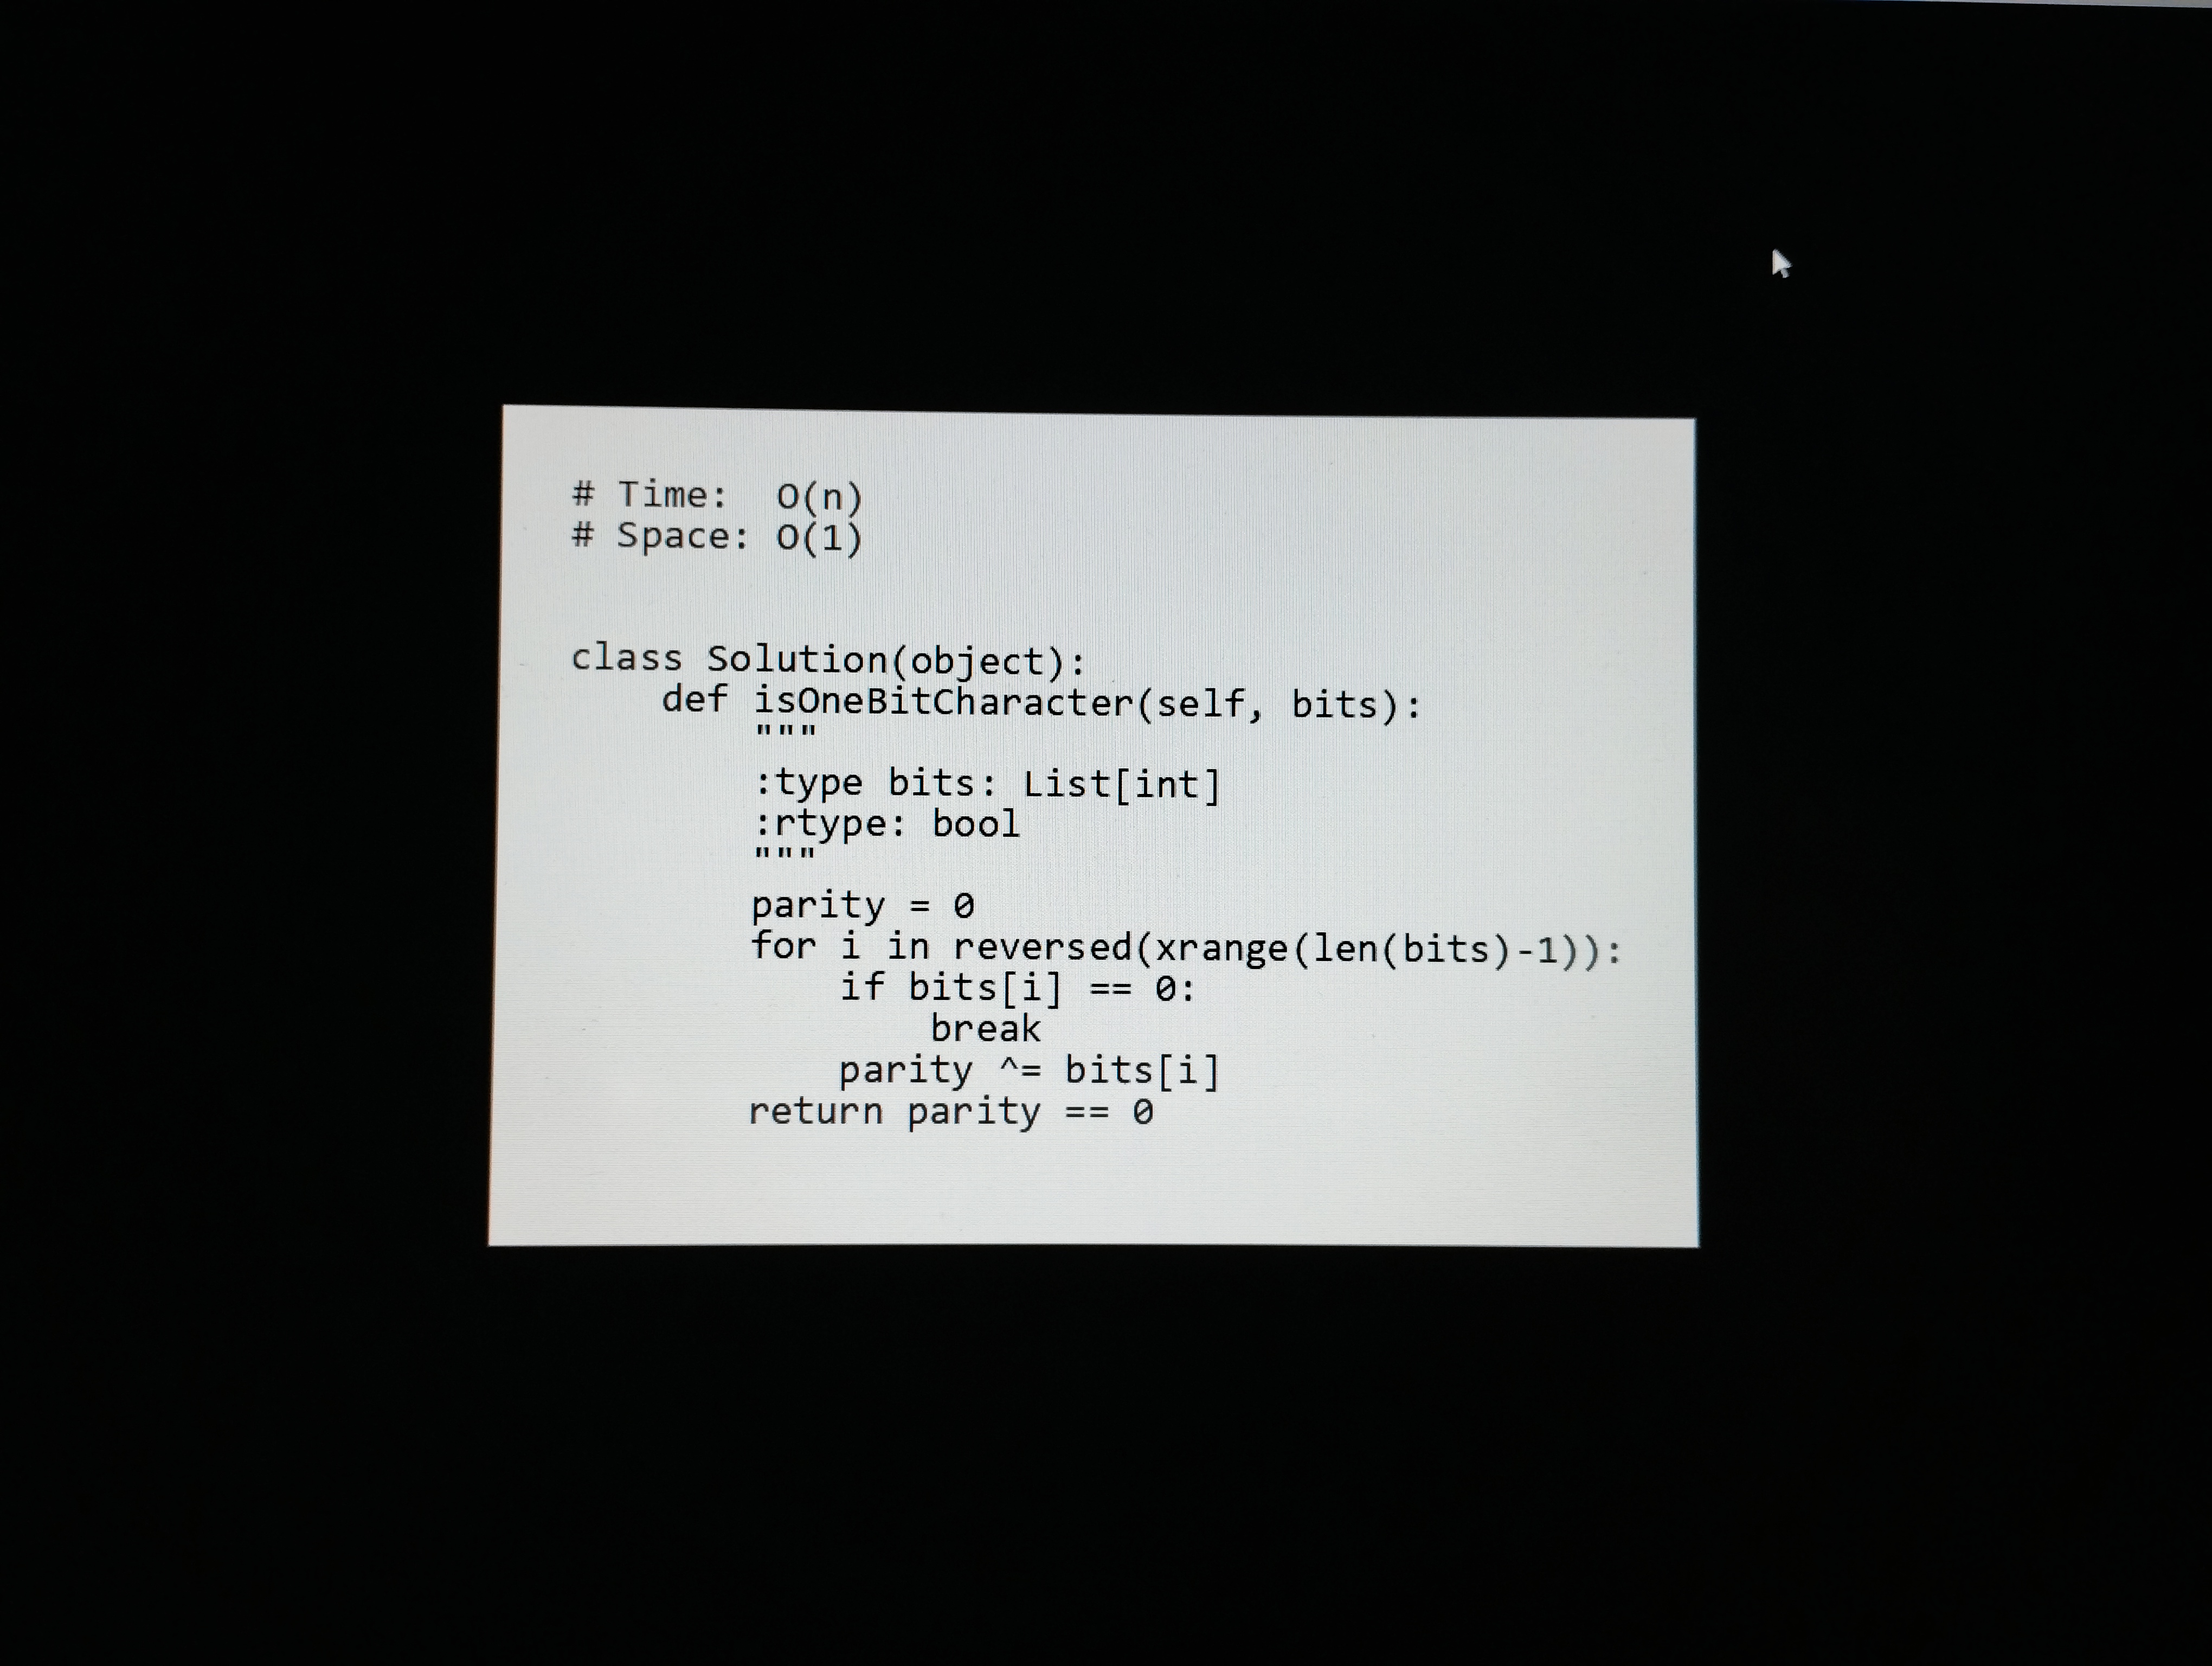
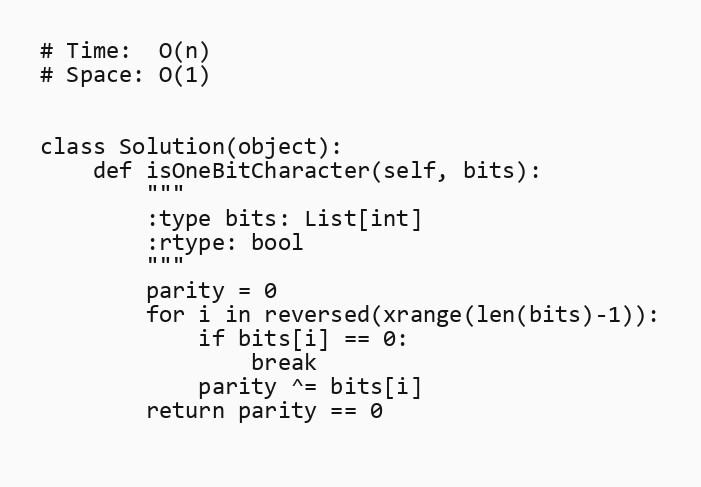
# Time:  O(n)
# Space: O(1)

class Solution(object):
    def isOneBitCharacter(self, bits):
        """
        :type bits: List[int]
        :rtype: bool
        """
        parity = 0
        for i in reversed(xrange(len(bits)-1)):
            if bits[i] == 0:
                break
            parity ^= bits[i]
        return parity == 0